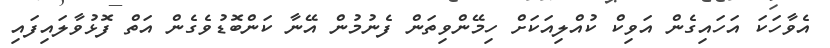
އެވާހަކަ އަހައިގެން އަވިކް ކުއްލިއަކަށް ހިމޭންވިތަން ފެނުމުން އޭނާ ކަންބޮޑުވެގެން އަތް ފޮޅުވާލައިފައި